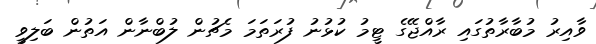
ވާއިރު މުބާރާތުގައި ރާއްޖޭގެ ޓީމު ކުޅުނު ފުރަތަމަ މެޗުން ލުބްނާން އަތުން ބަލިވީ